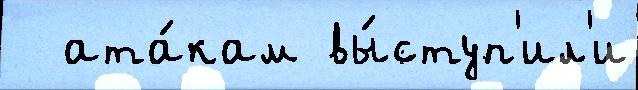
  ата́кам вы́ступ'ил'и